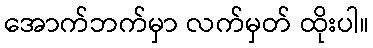
အောက်ဘက်မှာ လက်မှတ် ထိုးပါ။